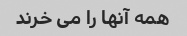
همه آنها را می خرند